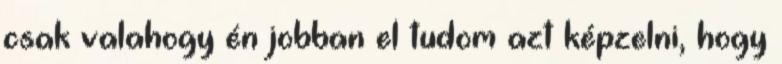
csak valahogy én jobban el tudom azt képzelni, hogy